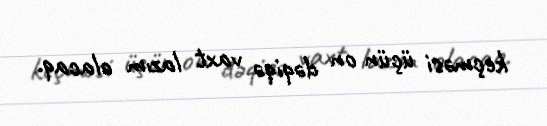
keçməsi üçün on dəqiqə vaxt lazım olacaq.